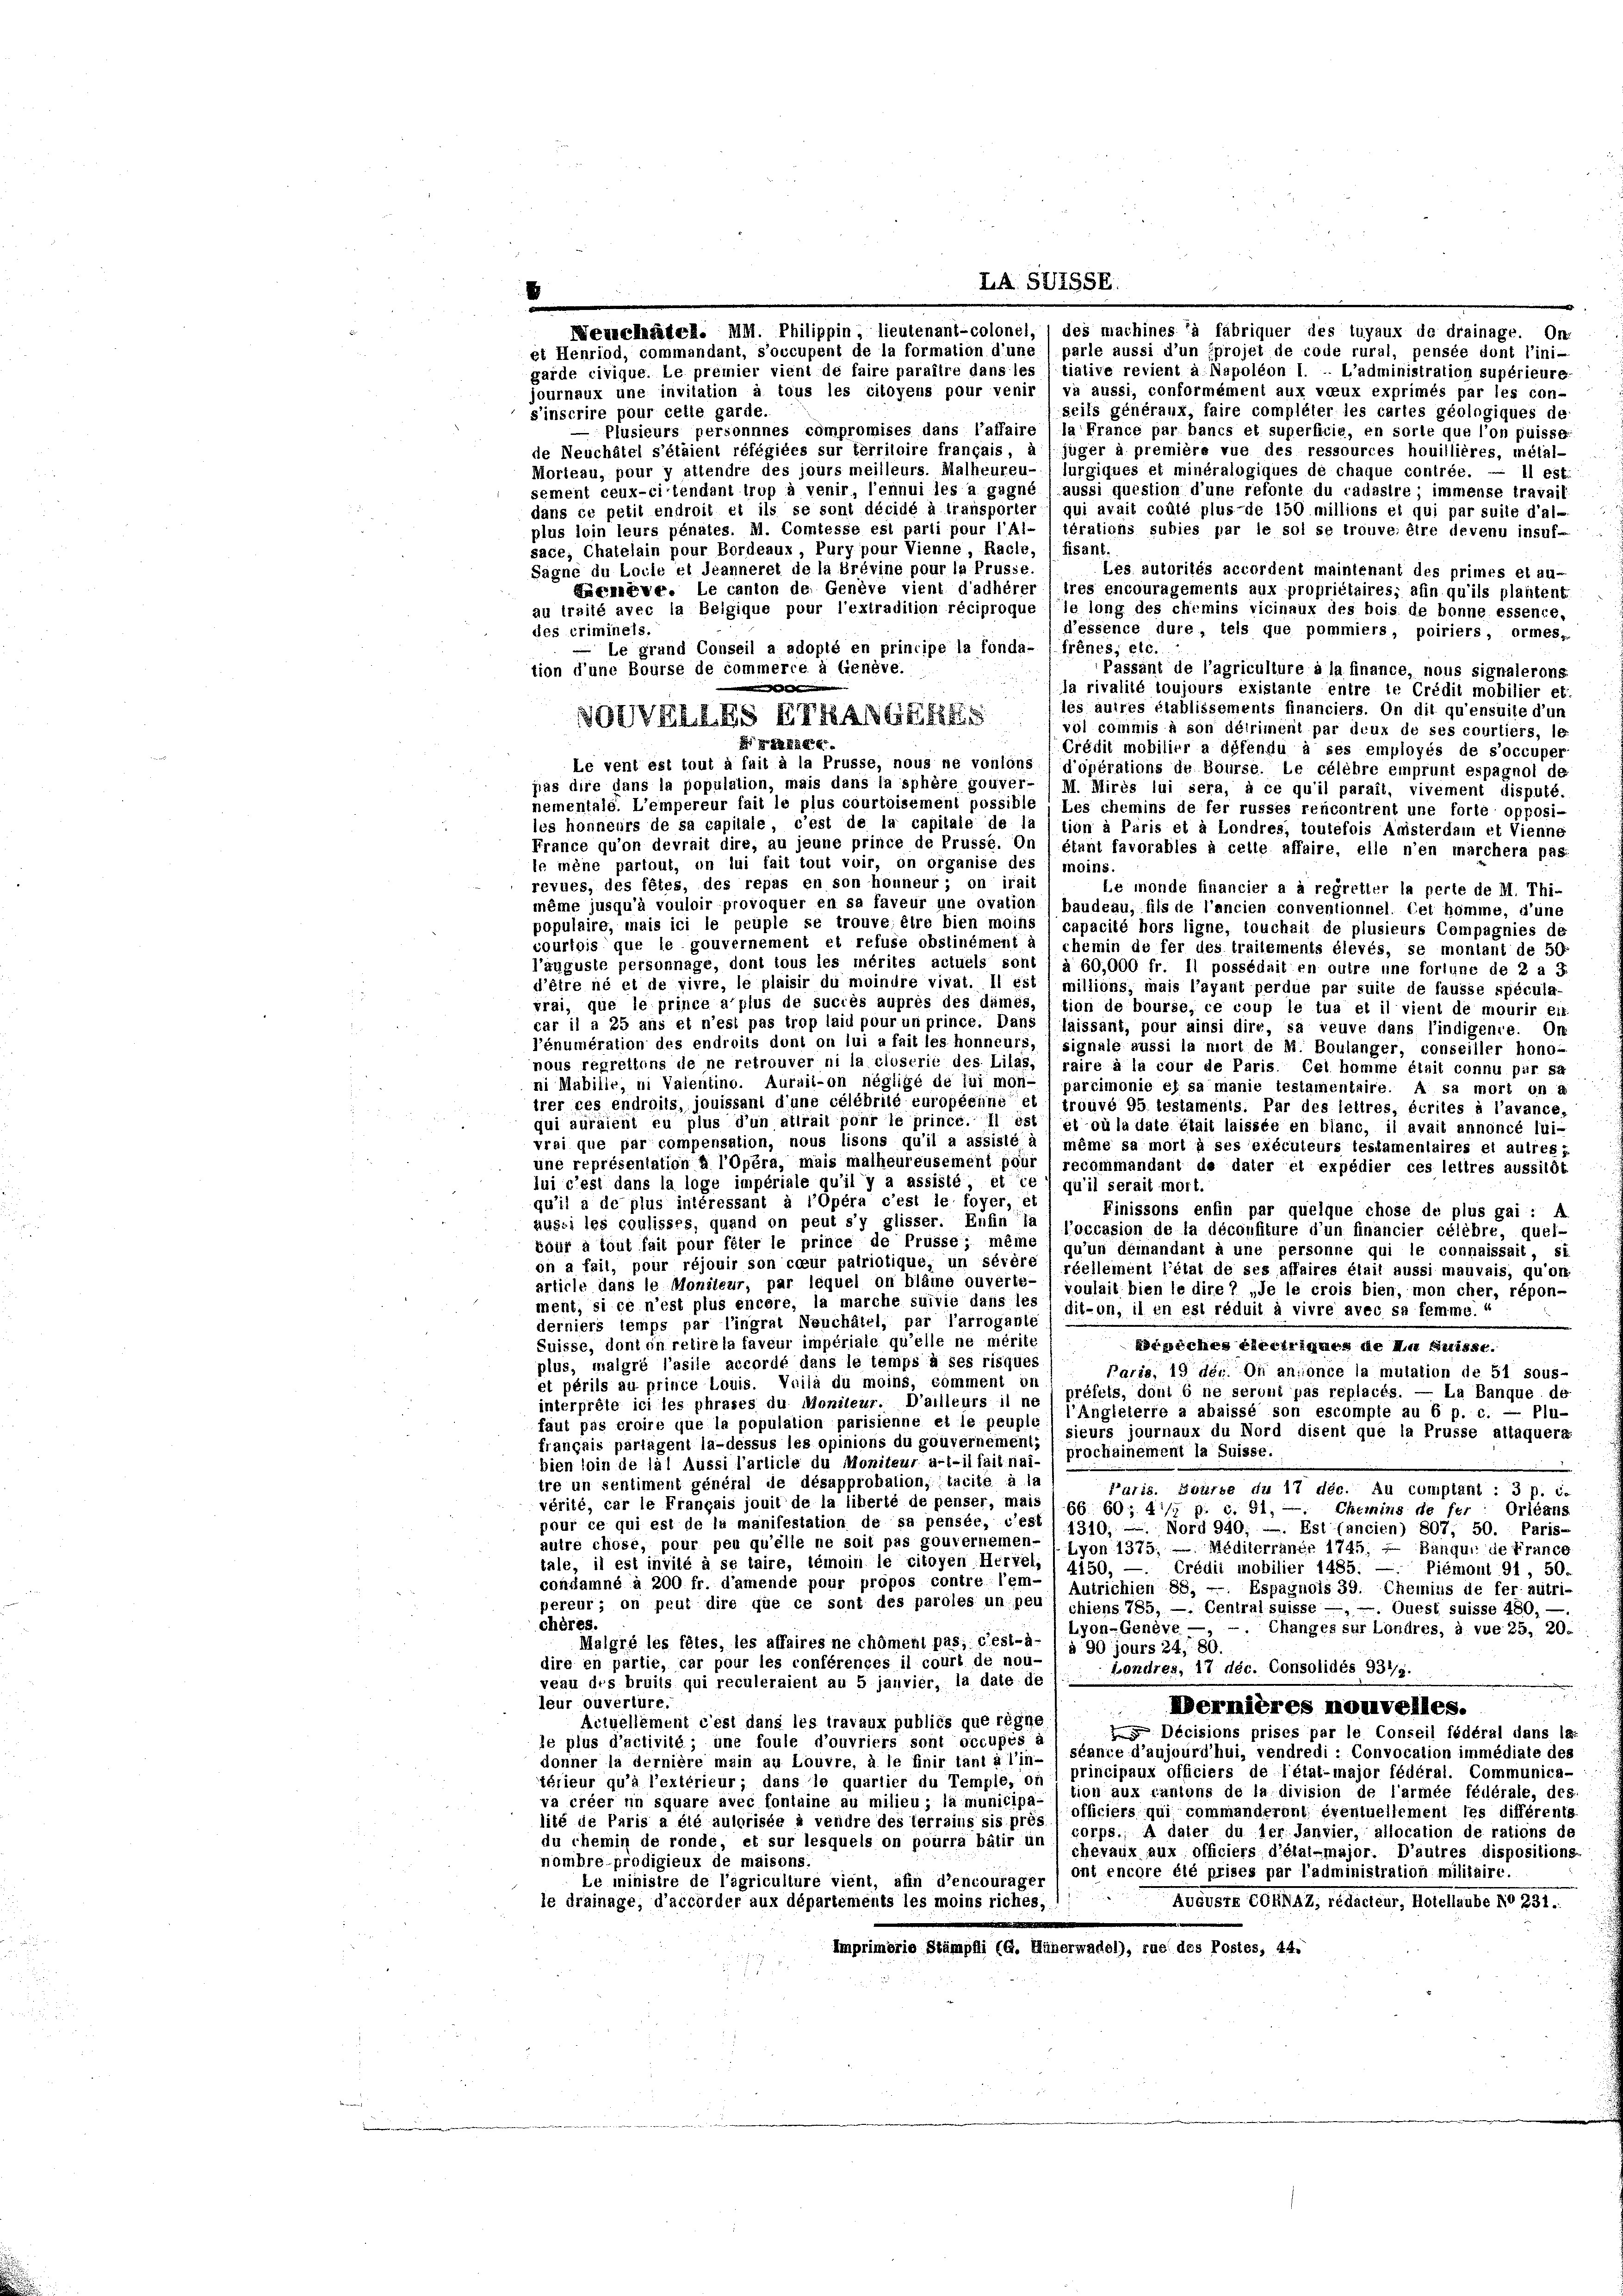
2
Weunchneten. M. Philippin, lieutenant-colonel, / des machines ja fabriquer des luyaux de drainage. On-
et Henriod, commandant, s’occupent de la formation d’une (parle aussi d’un fprojet de code rural, pensée dont l’ini-
garde civique. Le premier vient de faire paraître dans les " tialive revient a Napoléon 1. — L’administration supérieure
journaux une invitation à tous les citoyens pour venir / va aussi, conformément aux voeux exprimés par les con-
seits généraux, faire compléter les cartes géolngiques de
s’inscrire pour celle garde.
Plusieurs personnnes compromises dans l’affaire l la France par bancs et superficie, en sorte que l’on puisso-
de Neuchâtel s’étaient réfégiées sur territoire français,
jüger à première vue des ressources houillières, métal-
Morteau, pour y attendre des jours meilleurs. Malheureu- (surgiques et minéralogiques de chaque contrée. — Il est.
sement ceux-citendant trop à venir, l’ennui les a gagné ) aussi question d’une refonte du cadastre; immense travail
dans ce petil endroit et ils se sont décidé à transporter) qui avait coûté plus-de 150 millions et qui par suite d’al-
plus loin leurs pénates. M. Comtesse est parti pour l’Al- (térations subies par le sol se trouve, être devenu insuf-
sace, Chatelain pour Bordeaux, Pury pour Vienne, Racte, 1 fisant.
Sagne du Loule et Jeanneret de la prévine pour la Prusse.
Les autorités accordent maintenant des primes et au-
Lxneve. Le canton der Genève vient d’adhèrer) tres encouragements aux propriétaires; afin qu’ils plantent
au traité avec la Belgique pour l’extradition réciproque le long des chemins vicinaux des bois de bonne essence,
des criminels.
d’essence dure, teis que pommiers, poiriers, ormes,
— Le grand Conseil a adopté en principe la fonda- (frènes, etc.
tion d’une Bourse de commerce à Cicnève.
Passant de l’agriculture à la finance, nous signalerons
b
la rivalité toujours existante entre le Crédit mobilier et
les autres établissements financiers. On dit qu’ensuite d’un
vol commis à son délriment par deux de ses courtiers, le
ELEG
Crédit mobilier a défendu à ses employés de s’occuper
Le vent est tout à fait à la Prüsse, nous ne vonlons (d’opérations de Bourse. Le célehre emprunt espagnol de
pas dire dans la population, mais dans la sphère gouver- / M. Mirés lui sera, à ce qu’il parail, vivement disputé.
nementale. L’empereur fait le plus courtoisement possible, Les chemins de fer russes rencontrent une forte opposi-
les honneurs de sa capitale, c’est de la capitale de la / tion a Paris et à Londres, toutefois Anisterdam et Vienne
France qu’on devrait dire, au jeune prince de Prusse. On (étant favorables à celle affaire, elle n’en marchera pas.
Ie mène partout, on lui fait tout voir, on organise des 1 moins.
revues, des fêtes, des repas en son honneur; on irait
Le monde financier a à regretter la perte de M. Thi-
même jusqu’à vouloir provoquer en sa faveur une ovation (baudeau, fils de l’ancien conventionnel Cet homme, d’une
populaire, mais ici le peuple se trouve, être bien moins (capacité hors ligne, touchait de plusieurs Compagnies de
courtois que le gouvernement et refuse obstinément à chemin de fer des trailements élevés, se montant de 50
l’auguste personnage, dont tous les mérites actuels sont / à 60,000 fr. Il possédait en outre une fortune de 2 a 3
d’être né et de vivre, le plaisir du moindre vivat. Il est ) millions; mais l’ayant perdue par suile de fausse spécula-
vrai, que le prince a plus de suciés auprès des damés, (tion de bourse, ce coup le tua et il vient de mourir ein-
car il a 25 ans et n’est pas trop laiu pour un prince. Dans l laissant, pour ainsi dire, sa veuve dans l’indigente. On
l’énumération des endroits dont on lui a fait les honneurs, 1 signale aussi la mort de M. Boulanger, conseiller hono-
nous regreitens de ne retrouver ni la closerie des Lilas, (raire à la cour de Paris Cel homme était connu par sa
ni Mabilie, ni Vaientino. Aursii-on négligé de lui mon-
parcimonie es sa manie testamentaire. A sa mort on a
trer ces endroits, jouissant d’une célébrilé européeune et l trouvé 95 testaments. Par des lettres, écriles à l’avance,
qui auraient eu plus d’un attrait pour le prince. Il ist) et où la date était laissée en blanc, il avait annoncé lui-
vrai que par compensation, nous lisons qu’il a assisté à 1 même sa mort à ses exéculeurs testamentaires et autres g
une représentation à l’opéra, mais malheureusement pour (recommandant de dater et expédier ces lettres aussitôt
lui c’est dans la loge impériale qu’il y a assisté, et ce qu’il serait mort.
qu’il a de plus intéressant à l’Opéra c’est le foyer, et
Finissons enfin par quelque chose de plus gai: A
aussi les coulisses, quand on peut s’y glisser. Enfin Ja / joccasion de la déconfiture d’un financier célébré, quel-
zöür à tout fait pour fêter le prince de Prüsse, même / qu’un demandant à une personne qui le connaissait, si
on a fail, pour réjouir son coeur patriotique, un sévöre / réellement l’état de ses affaires élait aussi mauvais, qu’on
article dans le Moniteur, par lequel on bläme ouverte-/ voulait bien le dire 7 „de le crois bien, mon cher, répon-
ment, si ce n’est plus encore, la marche suivie dans les sit-on, il en est réduit à vivre avec sa femme“
derniers temps par l’ingrat Neuchâtel, par l’arrogante
Suisse, dont on relire la faveur impériale qu’elle ne mérite
Erpiches ehestrinnes de le puisse.
plus, malgré l’asile accordé dans le temps à ses risques
Paris, 19 der. On ansonce la mutation de 51 sous-
êt périls au prince Louis. Voilà du moins, comment on
interprête ici les phrases du Moniteur. D’ailleurs il ne ) préfets, doni b ne seront pas replacés. — La Banque de
faut pas croire que la population parisienne et le peuple) l’Angleterre a abaissé son escompte au 6 p. c. — Plu-
français parlagent la-dessus les opinions du gouvernement,) sieurs journaux du Nord disent que la Prüsse altaquera
prochainement la Suisse.
bien soin de lal Aussi l’article du Moniteur a-t-il fail nai-
tre un sentiment général de désapprobation, tacite à la
Paris. Sourse du 17 déc. Au comptant : 3 p. C.
vérité, car le Français jouit de la liberté de penser, mais (66 60; 41/7 p. c. 91. — Chemins de fer: Orleans
pour ce qui est de la manifestation de sa pensée, c’est (1310; — Nord 940; —. Est (ancien) 807, 50. Paris-
autre chose, pour peu qu’elle ne soit pas gouvernemen- / von 1375; — Méditerraner 1746. — Banqui de France
tale, il est invilé à se taire, témoin le citoyen Hervel, (1150. — Crédii mobilier 1485: — Piemont 91, 50.
condamné à 200 fr. d’amende pour propos contre l’em- Antrichien 88, — Espagnois 39. Chemins de fer- autri-
pereur; on peut dire que ce sont des paroles un per / hiens 785, — Centralsuisse —, —. Quest suisse 480,
chères.
Lyon-Genève —, -. Changes sur Londres, i vue 25, 20.
Malgré les fêtes, les affaires ne choment pas, c’est-à-) § 90 jours 24, 80.
dire en partie, car pour les conférences il court de nou-
Londres, 17 déc. Consolidés 931/5.
veau des bruits qui reculeraient au 5 jauvier, la date de
leur ouverlüre.
Dernières nouvelles.
Actuellement c’est dans les travaux publiés que regne
 Décisions prises par le Conseil fédéral dans la-
ic plus d’activité; une foule d’ouvriers sont occupés à
donner la dernière main an Louvre, à le finir tant à l’in-) séance d’aujourd’hui, vendredi : Convocation immédiate des
térieur qu’à l’extérieur; dans le quartier du Temple, on 1 principaux officiers de l’état-major fédéral. Communica-
va créer in square aber fontaine au milieu ; la municipa- (tion aux cantons de la division de l’armée fédérale, des
officiers qui commanderont éventuellement les différents
lité de Paris a été autorisée à vendre des terrains sis prés
corps., A dater du der Janvier, allocation de rations de
du chemin de ronde, et sur lesquels on pourra bälir “) chevaux aux officiers d’élal-major. D’autres dispositions
nombre prodigieux de maisons
ont encore été prises par l’administration militaire.
Le ministre de l’agriculture vient, afin d’encourager
le drainage, d’accorder aux départements les moins riches,
Alster Collen, u. Peten, Kollato No 281.
Imprimorie Stämpfli (G. Hünerwadel), rue des Postes, 44.

dorvalles Erfassung

LA 547.